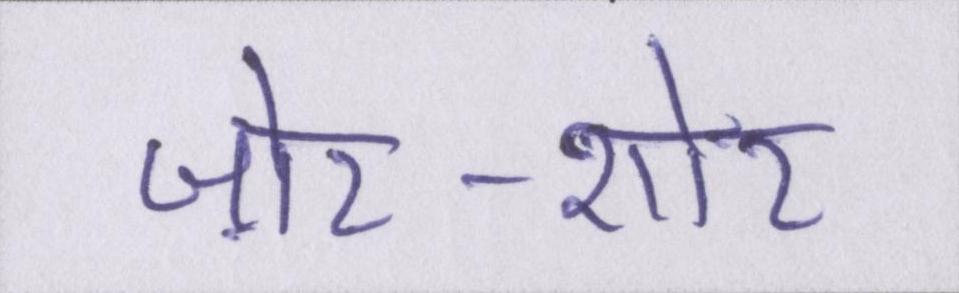
ज़ोर-शोर